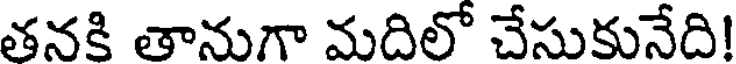
తనకి తానుగా మదిలో చేసుకునేది!